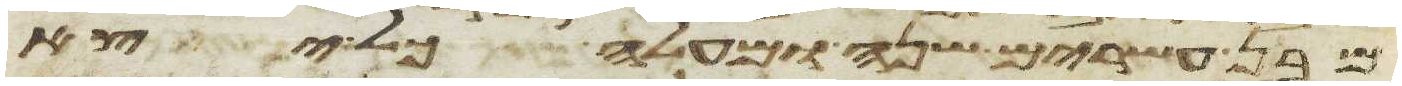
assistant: מבן עשרים שנה ומעלה כל יצא